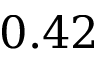
0 . 4 2